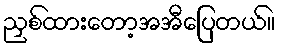
ညှစ်ထားတော့အအီပြေတယ်။